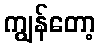
ကျွန်တော့